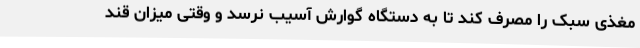
مغذی سبک را مصرف کند تا به دستگاه گوارش آسیب نرسد و وقتی میزان قند